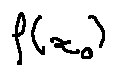
f ( x _ { 0 } )